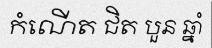
កំណើត ជិត បួន ឆ្នាំ